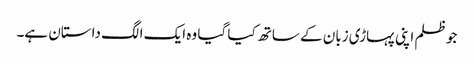
جو ظلم اپنی پہاڑی زبان کے ساتھ کیا گیا وہ ایک الگ داستان ہے۔